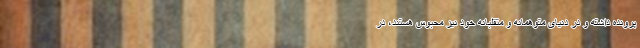
پرونده داشته و در دنیای متوهمانه و متقلبانه خود نیز محبوس هستند، در